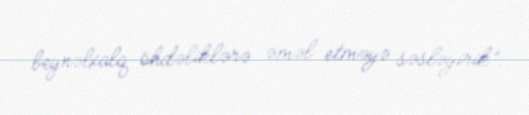
beynəlxalq öhdəliklərə əməl etməyə səsləyirik”.